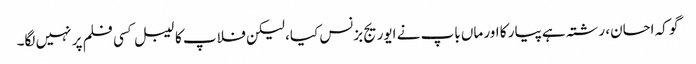
گو کہ احسان، رشتہ ہے پیار کا اور ماں باپ نے ایوریج بزنس کیا، لیکن فلاپ کا لیبل کسی فلم پر نہیں لگا۔